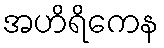
အဟိရိကေန